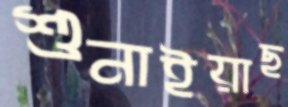
শুনাইয়াছ